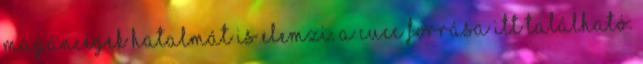
magáncégek hatalmát is elemzi. a cucc forrása itt található: